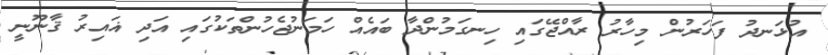
އުޅަނދު ފަހަރުން މިހާރު ރާއްޖޭގައި ހިނގަމުންދާ ބައެއް ހަމަނުޖެހުންތަކުގައި އަދި ޣައިރު ޤާނޫނީ